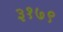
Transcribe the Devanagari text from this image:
३१७९